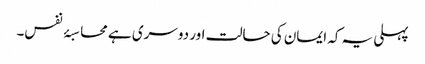
پہلی یہ کہ ایمان کی حالت اور دوسری ہے محاسبۂ نفس۔